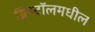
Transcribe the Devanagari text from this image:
ब्रिस्टॉलमधील